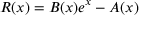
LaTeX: R ( x ) = B ( x ) e ^ { x } - A ( x )